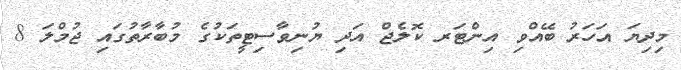
މިދިޔަ އަހަރު ބޭއްވި އިންޓަރ ކޮލެޖް އަދި ޔުނިވާސިޓީތަކުގެ މުބާރާތުގައި ޖުމްލަ 8